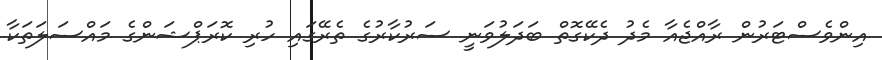
އިންވެސްޓަރުން ރާއްޖެއާ މެދު ދެކޭގޮތް ބަދަލުވަނީ ސަރުކާރުގެ ތެރޭގައި ހުރި ކޮރަޕްޝަންގެ މައްސަލަތަކާ